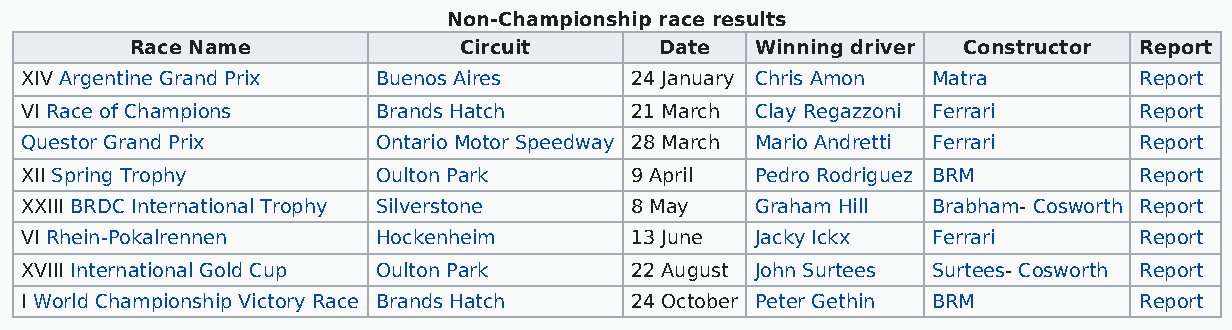
Non-Championship race results
 Race Name            Circuit       Date  Winning driver Constructor Report
 XIV Argentine Grand Prix Buenos Aires    24 January Chris Amon Matra      Report
 VI Race of Champions    Brands Hatch     21 March Clay Regazzoni Ferrari  Report
 Questor Grand Prix      Ontario Motor Speedway 28 March Mario Andretti Ferrari Report
 XII Spring Trophy       Oulton Park      9 April Pedro Rodriguez BRM      Report
 XXIII BRDC International Trophy Silverstone 8 May Graham Hill Brabham- Cosworth Report
 VI Rhein-Pokalrennen    Hockenheim       13 June Jacky Ickx  Ferrari      Report
 XVIII International Gold Cup Oulton Park 22 August John Surtees Surtees- Cosworth Report
 I World Championship Victory Race Brands Hatch 24 October Peter Gethin BRM Report